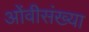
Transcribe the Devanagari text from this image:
ओंवीसंख्या